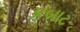
કબાટ